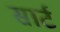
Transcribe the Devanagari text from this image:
सार्ट